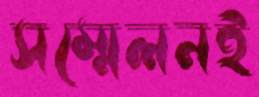
সম্মেলনই